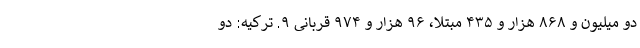
دو میلیون و ۸۶۸ هزار و ۴۳۵ مبتلا، ۹۶ هزار و ۹۷۴ قربانی ۹. ترکیه: دو